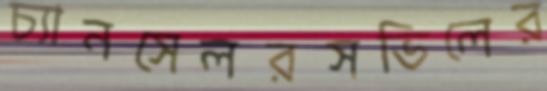
চ্যানসেলরসভিলের